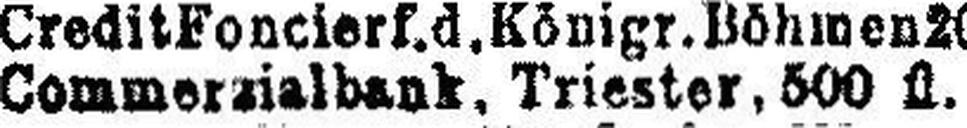
Commerzialbank. Triester. 500 fl.